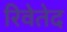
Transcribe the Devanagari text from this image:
रिवेतेद